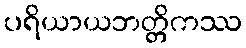
ပရိယာယဘတ္တိကဿ